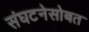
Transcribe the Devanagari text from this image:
संघटनेसोबत